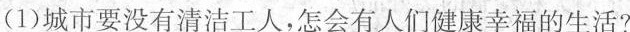
(1)城市要没有清洁工人，怎会有人们健康幸福的生活?(